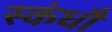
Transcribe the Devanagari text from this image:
स्कंधौ